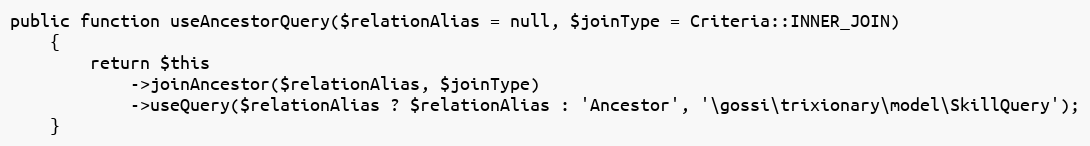
Language: PHP
public function useAncestorQuery($relationAlias = null, $joinType = Criteria::INNER_JOIN)
    {
        return $this
            ->joinAncestor($relationAlias, $joinType)
            ->useQuery($relationAlias ? $relationAlias : 'Ancestor', '\gossi\trixionary\model\SkillQuery');
    }